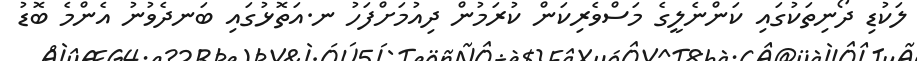
ލަކުޑި ދޯނިތަކުގައި ކަންނެލީގެ މަސްވެރިކަން ކުރަމުން ދިއުމަށްފަހު ނ.އަތޮޅުގައި ބަނދެވުނު އެންމެ ބޮޑު